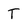
Character: T